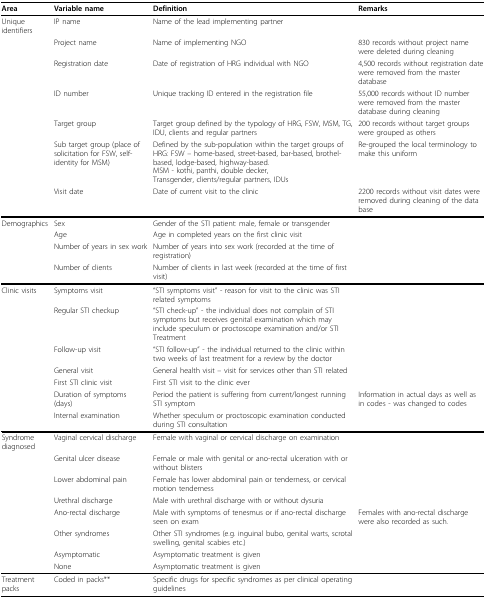
<table><thead><tr><td><b>Area</b></td><td><b>Variable name</b></td><td><b>Definition</b></td><td><b>Remarks</b></td></tr></thead><tbody><tr><td>Unique identifiers</td><td>IP name</td><td>Name of the lead implementing partner</td><td></td></tr><tr><td></td><td>Project name</td><td>Name of implementing NGO</td><td>830 records without project name were deleted during cleaning</td></tr><tr><td></td><td>Registration date</td><td>Date of registration of HRG individual with NGO</td><td>4,500 records without registration date were removed from the master database</td></tr><tr><td></td><td>ID number</td><td>Unique tracking ID entered in the registration file</td><td>55,000 records without ID number were removed from the master database during cleaning</td></tr><tr><td></td><td>Target group</td><td>Target group defined by the typology of HRG, FSW, MSM, TG, IDU, clients and regular partners</td><td>200 records without target groups were grouped as others</td></tr><tr><td></td><td>Sub target group (place of solicitation for FSW, self-identity for MSM)</td><td>Defined by the sub-population within the target groups of HRG: FSW – home-based, street-based, bar-based, brothel-based, lodge-based, highway-based.MSM - kothi, panthi, double decker,Transgender, clients/regular partners, IDUs</td><td>Re-grouped the local terminology to make this uniform</td></tr><tr><td></td><td>Visit date</td><td>Date of current visit to the clinic</td><td>2200 records without visit dates were removed during cleaning of the data base</td></tr><tr><td>Demographics</td><td>Sex</td><td>Gender of the STI patient: male, female or transgender</td><td></td></tr><tr><td></td><td>Age</td><td>Age in completed years on the first clinic visit</td><td></td></tr><tr><td></td><td>Number of years in sex work</td><td>Number of years into sex work (recorded at the time of registration)</td><td></td></tr><tr><td></td><td>Number of clients</td><td>Number of clients in last week (recorded at the time of first visit)</td><td></td></tr><tr><td>Clinic visits</td><td>Symptoms visit</td><td>“STI symptoms visit” - reason for visit to the clinic was STI related symptoms</td><td></td></tr><tr><td></td><td>Regular STI checkup</td><td>“STI check-up” - the individual does not complain of STI symptoms but receives genital examination which may include speculum or proctoscope examination and/or STI Treatment</td><td></td></tr><tr><td></td><td>Follow-up visit</td><td>“STI follow-up” - the individual returned to the clinic within two weeks of last treatment for a review by the doctor</td><td></td></tr><tr><td></td><td>General visit</td><td>General health visit – visit for services other than STI related</td><td></td></tr><tr><td></td><td>First STI clinic visit</td><td>First STI visit to the clinic ever</td><td></td></tr><tr><td></td><td>Duration of symptoms (days)</td><td>Period the patient is suffering from current/longest running STI symptom</td><td>Information in actual days as well as in codes - was changed to codes</td></tr><tr><td></td><td>Internal examination</td><td>Whether speculum or proctoscopic examination conducted during STI consultation</td><td></td></tr><tr><td>Syndrome diagnosed</td><td>Vaginal cervical discharge</td><td>Female with vaginal or cervical discharge on examination</td><td></td></tr><tr><td></td><td>Genital ulcer disease</td><td>Female or male with genital or ano-rectal ulceration with or without blisters</td><td></td></tr><tr><td></td><td>Lower abdominal pain</td><td>Female has lower abdominal pain or tenderness, or cervical motion tenderness</td><td></td></tr><tr><td></td><td>Urethral discharge</td><td>Male with urethral discharge with or without dysuria</td><td></td></tr><tr><td></td><td>Ano-rectal discharge</td><td>Male with symptoms of tenesmus or if ano-rectal discharge seen on exam</td><td>Females with ano-rectal discharge were also recorded as such.</td></tr><tr><td></td><td>Other syndromes</td><td>Other STI syndromes (e.g. inguinal bubo, genital warts, scrotal swelling, genital scabies etc.)</td><td></td></tr><tr><td></td><td>Asymptomatic</td><td>Asymptomatic treatment is given</td><td></td></tr><tr><td></td><td>None</td><td>Asymptomatic treatment is given</td><td></td></tr><tr><td>Treatment packs</td><td>Coded in packs**</td><td>Specific drugs for specific syndromes as per clinical operating guidelines</td><td></td></tr></tbody></table>